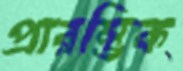
প্রারম্ভিক